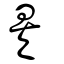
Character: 矣